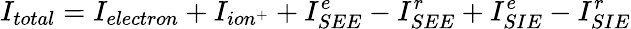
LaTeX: I_{total}=I_{electron}+I_{ion^{+}}+I_{SEE}^{e}-I_{SEE}^{r}+I_{SIE}^{e}-I_{SIE}^{r}